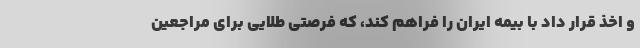
و اخذ قرار داد با بیمه ایران را فراهم کند، که فرصتی طلایی برای مراجعین